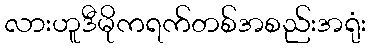
လားဟူဒီမိုကရက်တစ်အစည်းအရုံး